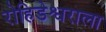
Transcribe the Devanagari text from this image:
रोहिडेश्वराला